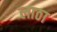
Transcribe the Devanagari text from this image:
लाठा